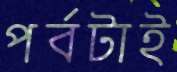
পর্বটাই